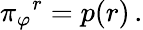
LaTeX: \pi{_{\varphi}}{^{r}}=p(r)\, .